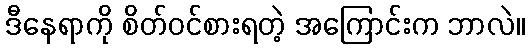
ဒီနေရာကို စိတ်ဝင်စားရတဲ့ အကြောင်းက ဘာလဲ။